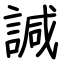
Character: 諴